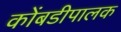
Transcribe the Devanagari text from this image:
कोंबडीपालक